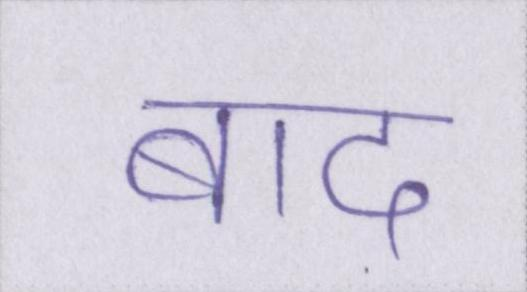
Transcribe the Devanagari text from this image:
बाद